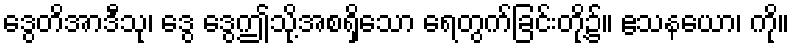
ဒွေတိအာဒီသု၊ ဒွေ ဒွေဤသို့အစရှိသော ရေတွက်ခြင်းတို့၌။ ဧသနယော၊ ကို။